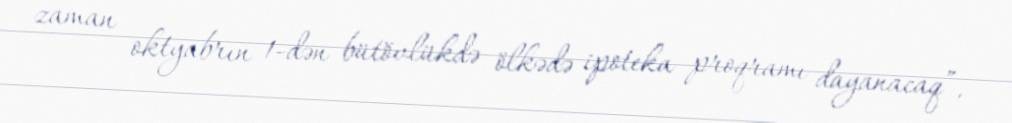
zaman oktyabrın 1-dən bütövlükdə ölkədə ipoteka proqramı dayanacaq”.